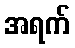
အရက်